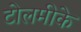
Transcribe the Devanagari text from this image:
टोलमीके